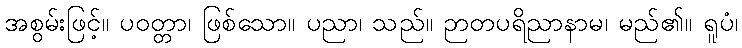
အစွမ်းဖြင့်။ ပဝတ္တာ၊ ဖြစ်သော။ ပညာ၊ သည်။ ဉာတပရိညာနာမ၊ မည်၏။ ရူပံ၊